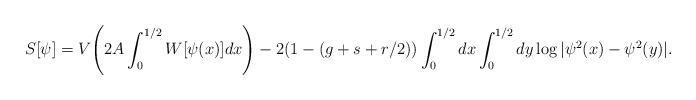
LaTeX: \begin{align*}S[\psi ] = V{\Biggr (}2A \int _{0}^{1/2} W[\psi (x)] dx{\Biggl )}-2(1-(g +s +r/2))\int_{0}^{1/2} dx \int_0^{1/2} dy \log|\psi^2(x)- \psi^2 (y)|.\end{align*}